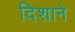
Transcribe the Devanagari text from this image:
दिशाने